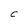
Character: C